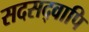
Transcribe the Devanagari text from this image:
सदसद्वापि